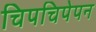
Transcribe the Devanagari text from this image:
चिपचिपेपन